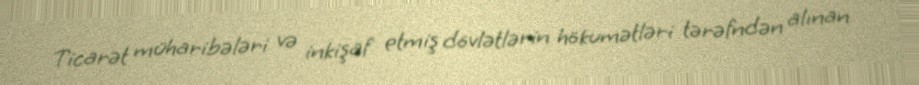
Ticarət müharibələri və inkişaf etmiş dövlətlərin hökumətləri tərəfndən alınan